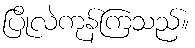
ပြိုလဲကုန်ကြသည်။